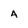
Character: A